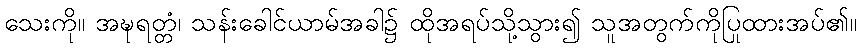
သေးကို။ အဍ္ဎရတ္တံ၊ သန်းခေါင်ယာမ်အခါ၌ ထိုအရပ်သို့သွား၍ သူအတွက်ကိုပြုထားအပ်၏။